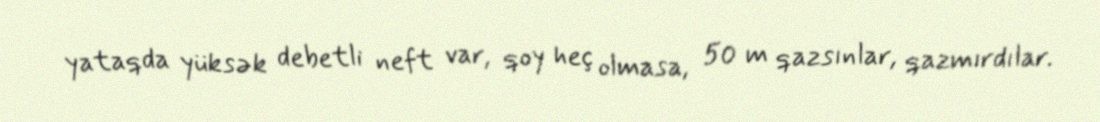
yataqda yüksək debetli neft var, qoy heç olmasa, 50 m qazsınlar, qazmırdılar.